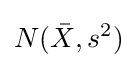
N({\bar {X}},s^{2})